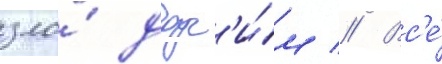
зло́ друг'и́м // Вс'е́